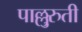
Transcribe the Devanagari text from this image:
पाल्लुरुती